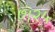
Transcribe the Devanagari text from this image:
७।२५